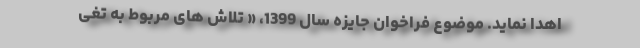
اهدا نماید. موضوع فراخوان جایزه سال 1399، « تلاش های مربوط به تغی